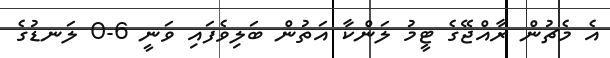
އެ މެޗުން ރާއްޖޭގެ ޓީމު ލަންކާ އަތުން ބަލިވެފައި ވަނީ 6-0 ލަނޑުގެ